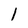
Character: 1